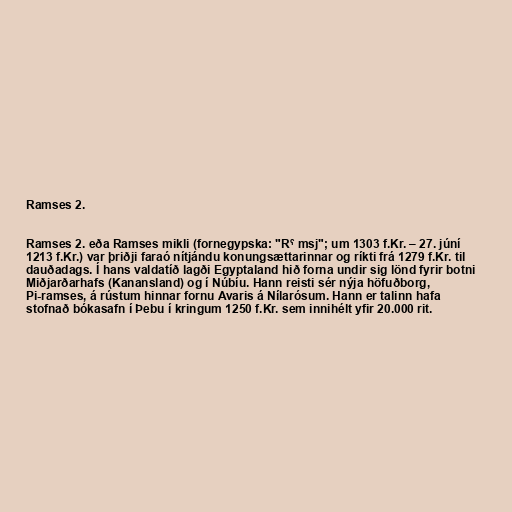
Ramses 2.

Ramses 2. eða Ramses mikli (fornegypska: "Rˁ msj"; um 1303 f.Kr. – 27. júní
1213 f.Kr.) var þriðji faraó nítjándu konungsættarinnar og ríkti frá 1279 f.Kr. til
dauðadags. Í hans valdatíð lagði Egyptaland hið forna undir sig lönd fyrir botni
Miðjarðarhafs (Kanansland) og í Núbíu. Hann reisti sér nýja höfuðborg,
Pi-ramses, á rústum hinnar fornu Avaris á Nílarósum. Hann er talinn hafa
stofnað bókasafn í Þebu í kringum 1250 f.Kr. sem innihélt yfir 20.000 rit.